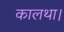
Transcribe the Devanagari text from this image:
कालथा।